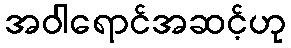
အဝါရောင်အဆင့်ဟု